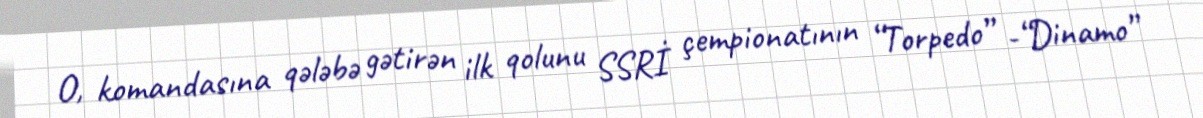
O, komandasına qələbə gətirən ilk qolunu SSRİ çempionatının “Torpedo” -“Dinamo”